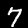
Digit: 7